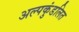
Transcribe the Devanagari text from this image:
अल्पकुंडलित